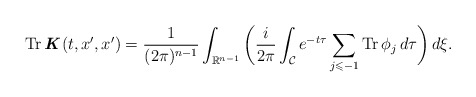
\begin{align*} \operatorname{Tr}\textbf{\textit{K}}(t,x^{\prime},x^{\prime}) = \frac{1}{(2\pi)^{n-1}} \int_{\mathbb{R}^{n-1}} \bigg( \frac{i}{2\pi} \int_{\mathcal{C}} e^{-t\tau} \sum_{j \leqslant -1} \operatorname{Tr} \phi_{j}\,d\tau \bigg) \,d\xi.\end{align*}